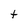
Character: t